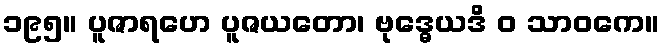
၁၉၅။ ပူဇာရဟေ ပူဇယတော၊ ဗုဒ္ဓေယဒိ ဝ သာဝကေ။